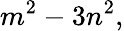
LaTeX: m^{2}-3n^{2},